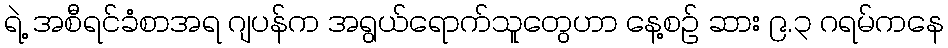
ရဲ့ အစီရင်ခံစာအရ ဂျပန်က အရွယ်ရောက်သူတွေဟာ နေ့စဉ် ဆား ၉.၃ ဂရမ်ကနေ